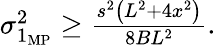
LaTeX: \begin{array}{r}{\sigma_{1_{\mathrm{MP}}}^{2}\geq\frac{s^{2}\left(L^{2}+4x^{2}\right)}{8BL^{2}}.}\end{array}